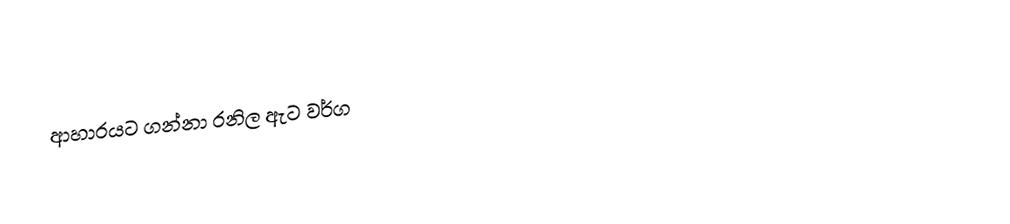
ආහාරයට ගන්නා රනිල ඇට වර්ග